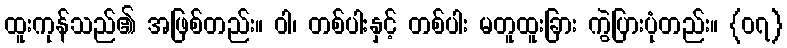
ထူးကုန်သည်၏ အဖြစ်တည်း။ ဝါ၊ တစ်ပါးနှင့် တစ်ပါး မတူထူးခြား ကွဲပြားပုံတည်း။ {၀၇}